38_143685_box7_Incident_Summaries_1-100
Agency: Department of War
Page 32
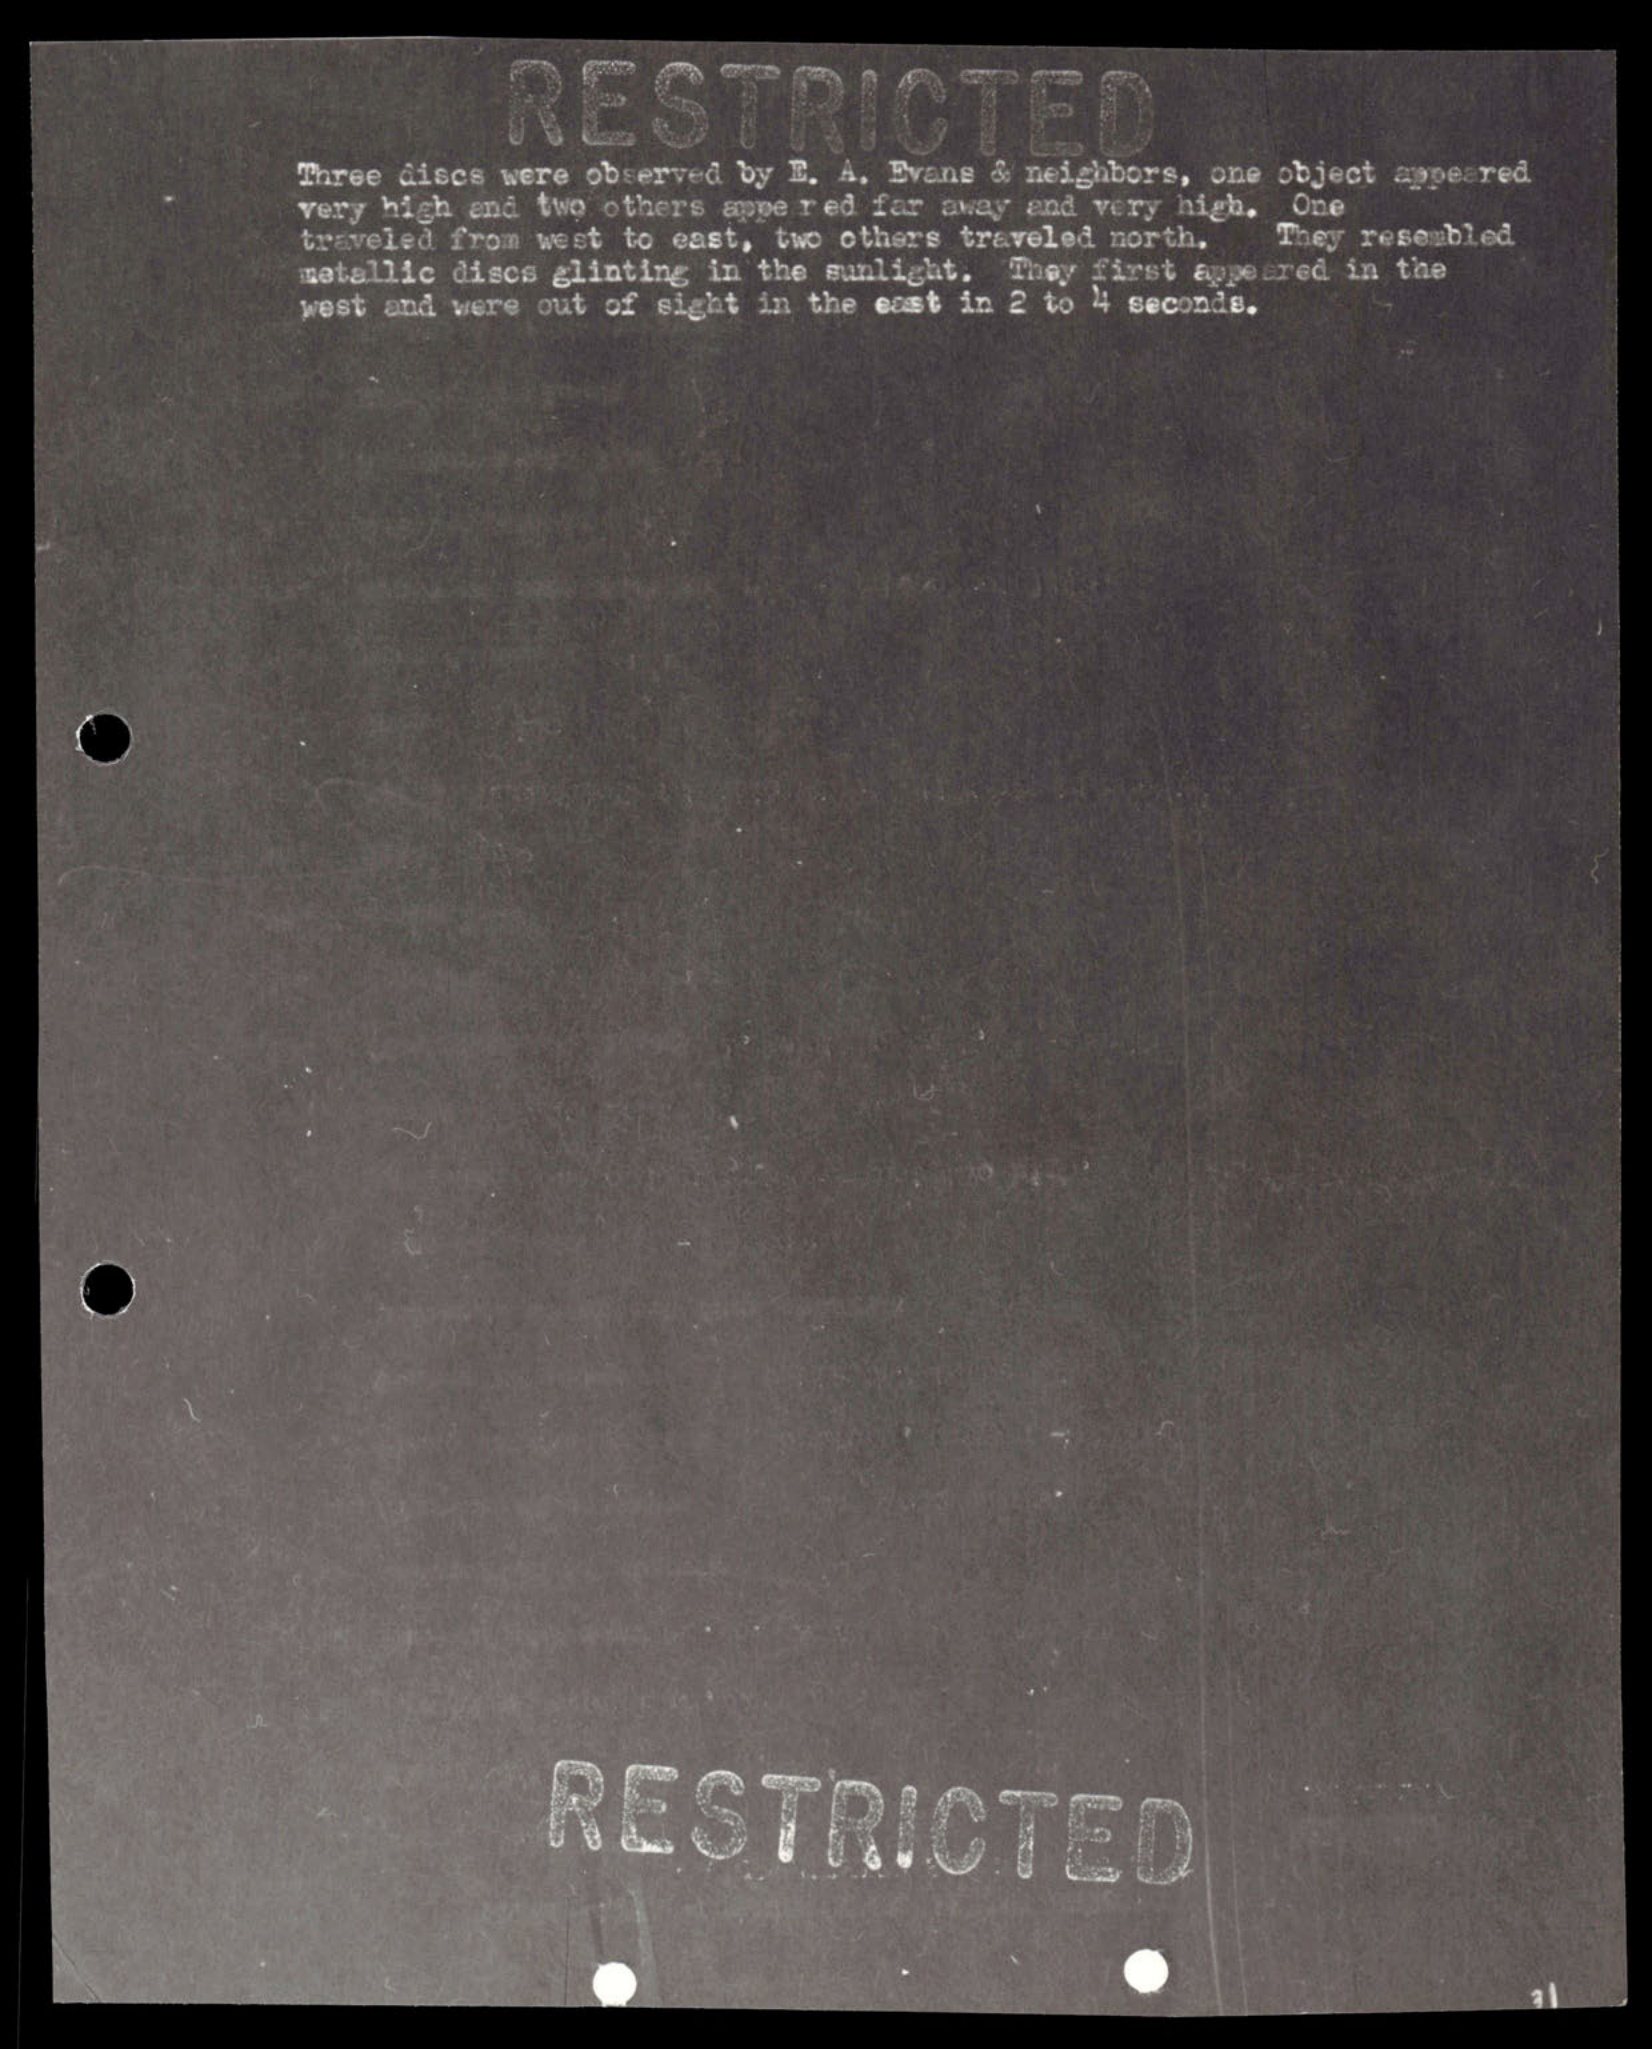